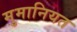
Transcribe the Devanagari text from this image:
मुमानियत